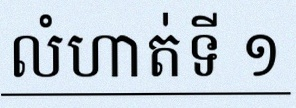
លំហាត់ទី ១